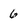
Character: 6